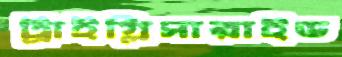
ট্রাইগ্লিসারাইড